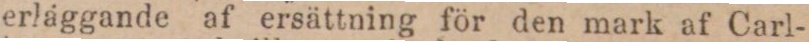
erläggande af ersättning för den mark af Carl-